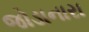
જોડાનારા